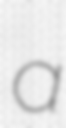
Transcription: a